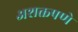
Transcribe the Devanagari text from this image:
अशक्तपणे